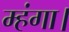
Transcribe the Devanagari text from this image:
म्हंगा।